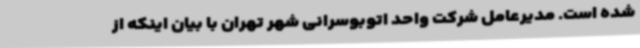
شده است. مدیرعامل شرکت واحد اتوبوسرانی شهر تهران با بیان اینکه از